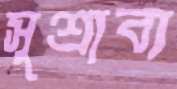
সুশ্রাব্য